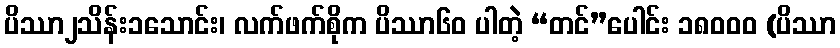
ပိဿာ၂သိန်း၁သောင်း၊ လက်ဖက်စိုက ပိဿာ၆၀ ပါတဲ့ “တင်”ပေါင်း ၁၈၀၀၀ (ပိဿာ